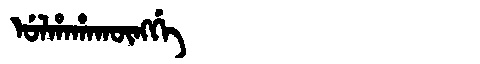
Manchu: ᡠᠯᡥᠠᡥᠠᡴᡡᠩᡤᡝ
Romanization: ULHAHAKŪNGGE